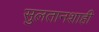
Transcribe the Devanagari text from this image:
सुलतानशाही